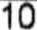
10